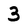
Character: 3